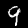
Digit: 9